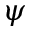
\psi